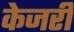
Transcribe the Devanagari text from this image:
केजरी